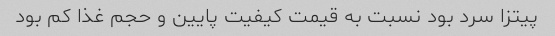
پیتزا سرد بود نسبت به قیمت کیفیت پایین و حجم غذا کم بود